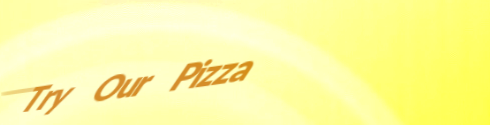
Try Our Pizza